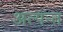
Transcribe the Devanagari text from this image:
अत्यंन्त